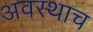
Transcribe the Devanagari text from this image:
अवस्थाच